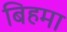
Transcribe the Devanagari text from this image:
बिहमा